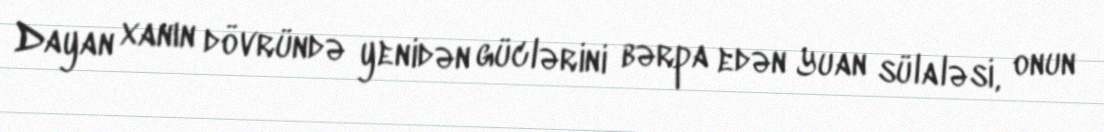
Dayan xanın dövründə yenidən güclərini bərpa edən Yuan sülaləsi, onun